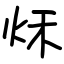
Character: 秌